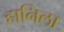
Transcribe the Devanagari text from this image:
हानिला